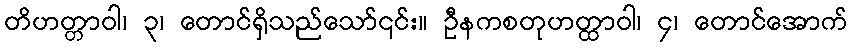
တိဟတ္တာဝါ၊ ၃၊ တောင်ရှိသည်သော်၎င်း။ ဦနကစတုဟတ္ထာဝါ၊ ၄၊ တောင်အောက်